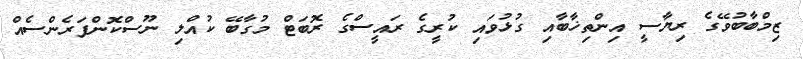
ޒިމްބާބުވޭގެ ރިޔާސީ އިންތިޚާބާއި ގުޅުވައި ކުރީގެ ރައީސްގެ ރޮބަޓް މުގާބޭ ކުއްލި ނޫސްކޮންފަރެންސެއް